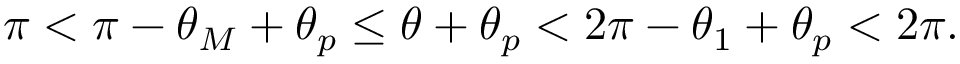
\begin{array} { r } { \pi < \pi - \theta _ { M } + \theta _ { p } \le \theta + \theta _ { p } < 2 \pi - \theta _ { 1 } + \theta _ { p } < 2 \pi . } \end{array}